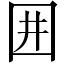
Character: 囲